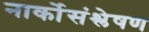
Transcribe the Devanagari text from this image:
नार्कोसंश्लेषण